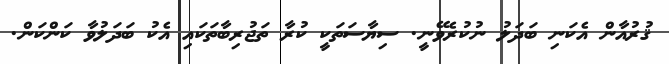
ޤުރުއާން އެކަނި ބަދަލު ނުކުރެވޭނީ. ސިޔާސަތަކީ ކުރާ ތަޖުރިބާތަކައި އެކު ބަދަލުވާ ކަންކަން.